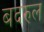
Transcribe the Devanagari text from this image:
बदरुल